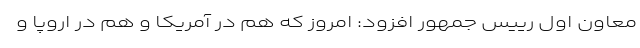
معاون اول رییس جمهور افزود: امروز که هم در آمریکا و هم در اروپا و